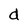
Character: d